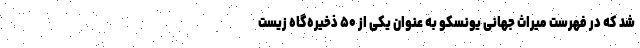
شد که در فهرست میراث جهانی یونسکو به عنوان یکی از ۵۰ ذخیره‌گاه زیست